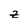
Character: z